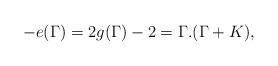
LaTeX: \begin{align*}-e(\Gamma)=2g(\Gamma)-2=\Gamma.(\Gamma+K),\end{align*}